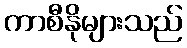
ကာစီနိုများသည်